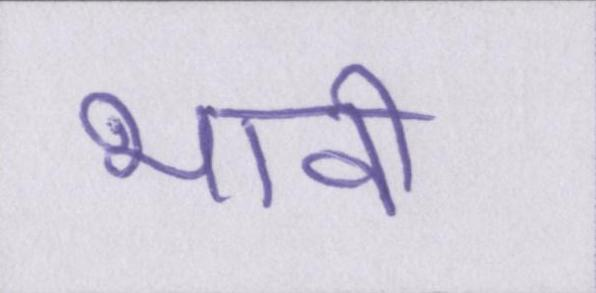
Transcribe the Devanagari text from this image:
भावी